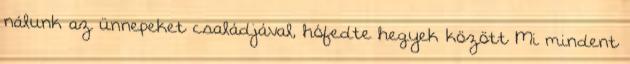
nálunk az ünnepeket családjával, hófedte hegyek között Mi mindent